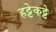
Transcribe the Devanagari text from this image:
हट्टेकट्टे